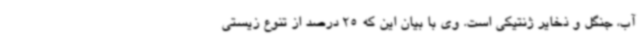
آب، جنگل و ذخایر ژنتیکی است. وی با بیان این که 25 درصد از تنوع زیستی